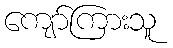
ကျော်ကြားသူ